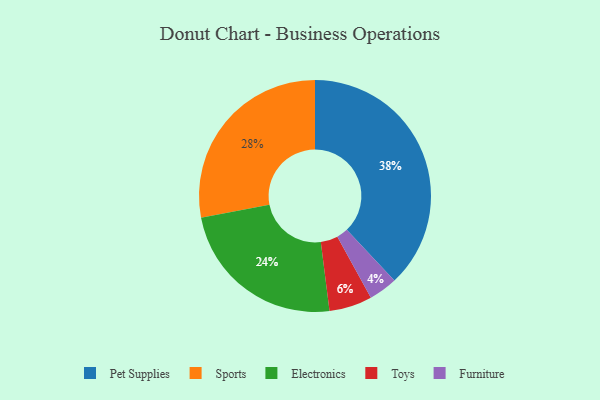
{"axis": {"x": "Category", "y": "Percentage"}, "legend": ["Electronics", "Furniture", "Pet Supplies", "Sports", "Toys"], "data": [{"x": "Electronics", "y": 24, "type": "Electronics"}, {"x": "Toys", "y": 6, "type": "Toys"}, {"x": "Furniture", "y": 4, "type": "Furniture"}, {"x": "Sports", "y": 28, "type": "Sports"}, {"x": "Pet Supplies", "y": 38, "type": "Pet Supplies"}]}